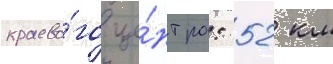
краево́го це́нтра: 52 км